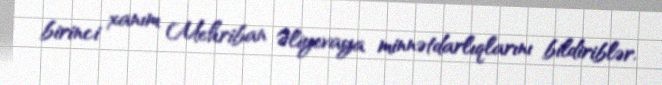
birinci xanım Mehriban Əliyevaya minnətdarlıqlarını bildiriblər.